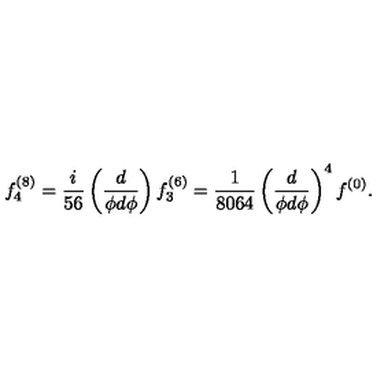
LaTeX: f _ { 4 } ^ { ( 8 ) } = \frac { i } { 5 6 } \left( \frac { d } { \phi d \phi } \right) f _ { 3 } ^ { ( 6 ) } = \frac { 1 } { 8 0 6 4 } \left( \frac { d } { \phi d \phi } \right) ^ { 4 } f ^ { ( 0 ) } .